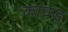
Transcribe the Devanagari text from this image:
कावड़